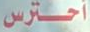
أحترس